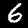
Label: 6